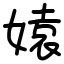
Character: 媴